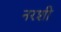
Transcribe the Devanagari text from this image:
नरशी